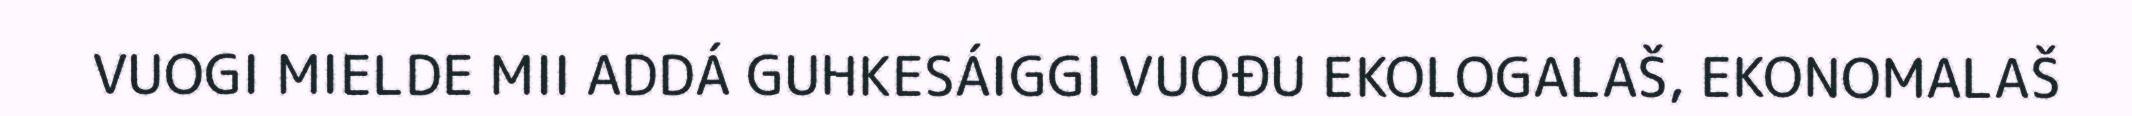
VUOGI MIELDE MII ADDÁ GUHKESÁIGGI VUOĐU EKOLOGALAŠ, EKONOMALAŠ